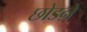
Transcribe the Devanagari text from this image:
छोडऩे